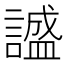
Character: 𬣅